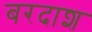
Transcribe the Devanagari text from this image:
बरदाश